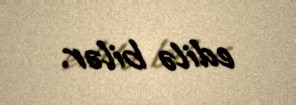
edilə bilər.